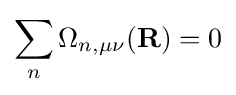
\sum _{n}\Omega _{n,\mu \nu }(\mathbf {R} )=0